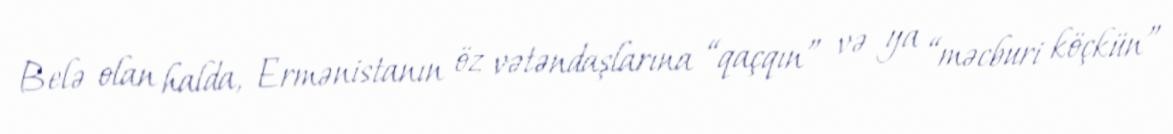
Belə olan halda, Ermənistanın öz vətəndaşlarına “qaçqın” və ya “məcburi köçkün”